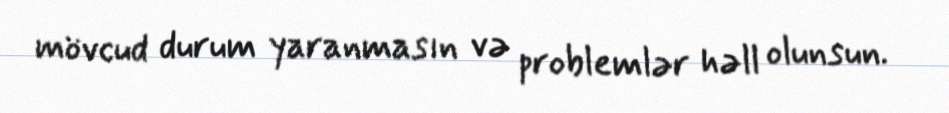
mövcud durum yaranmasın və problemlər həll olunsun.